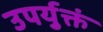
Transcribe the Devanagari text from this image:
उपर्युक्तं